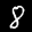
Label: 8